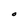
Character: O